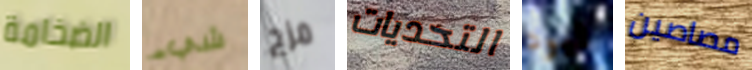
الضخامة شيء مزج التحديات قيود مصاصين